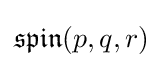
{\mathfrak {spin}}(p,q,r)